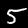
Label: 5